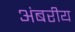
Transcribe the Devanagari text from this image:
अंबरीय